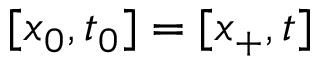
[ x _ { 0 } , t _ { 0 } ] = [ x _ { + } , t ]